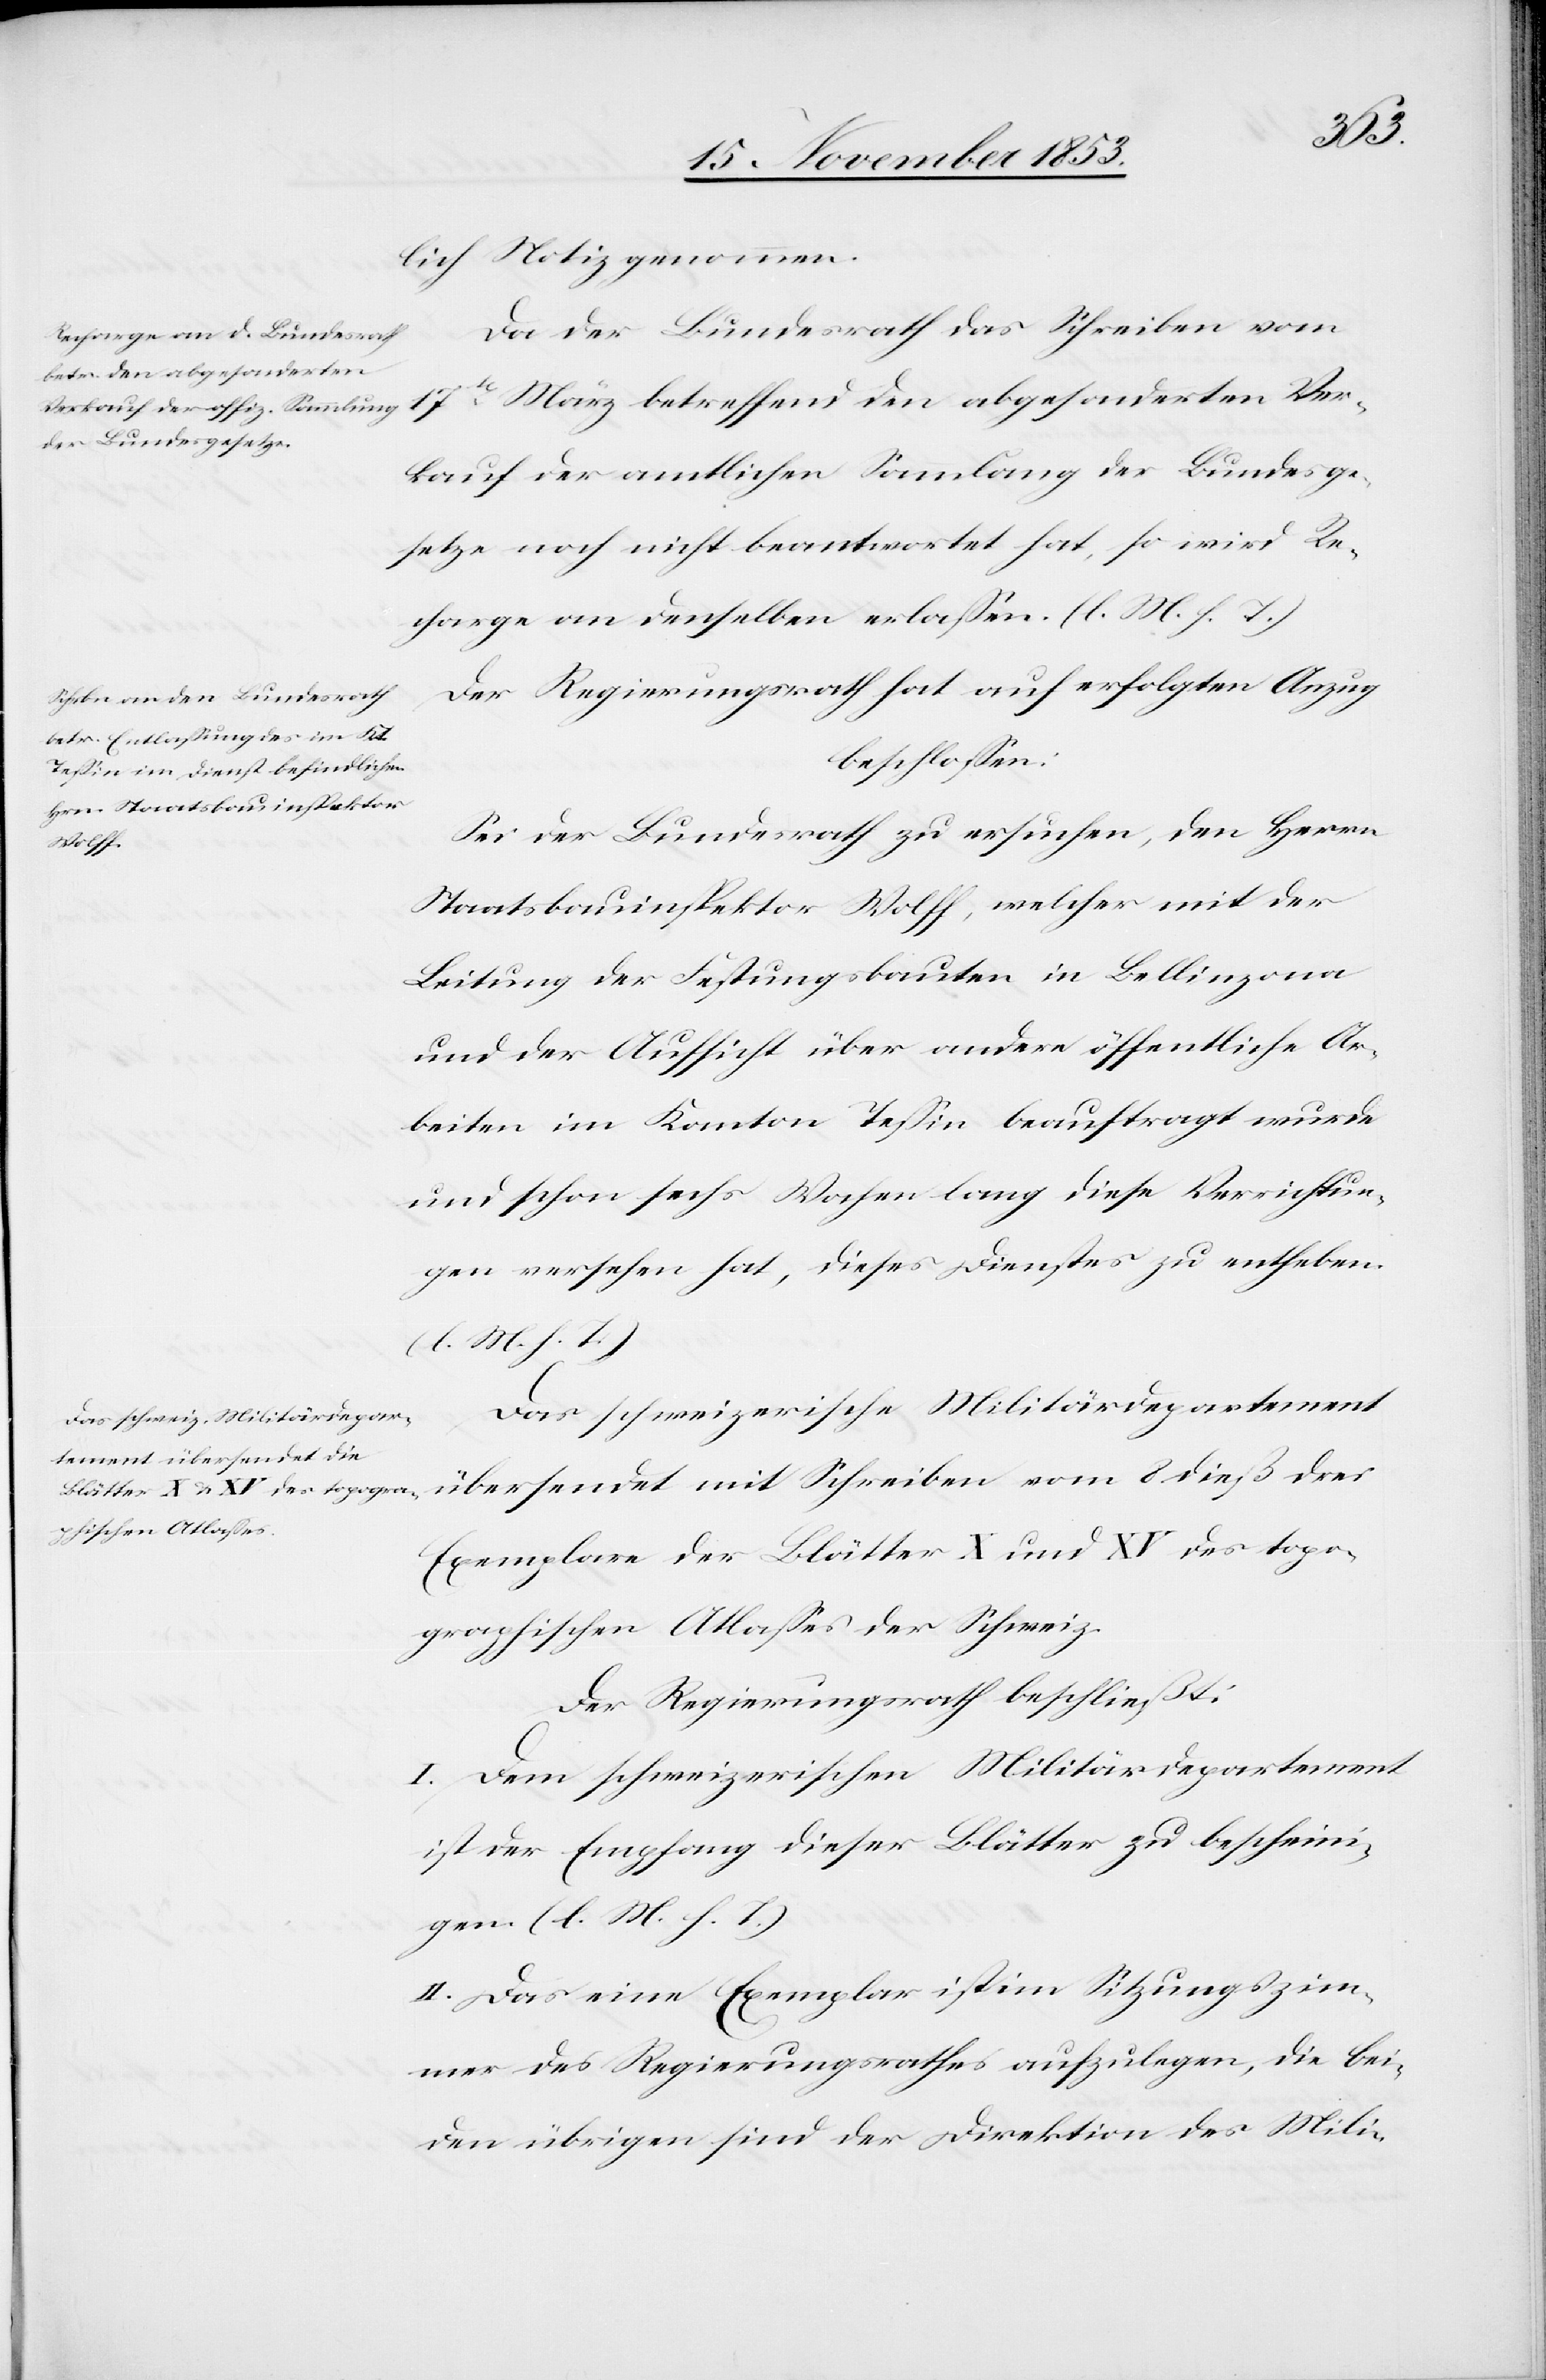
glich Notiz genommen.
Da der Bundesrath das Schreiben vom
17ten März betreffend den abgesonderten Ver¬
kauf der amtlichen Sammlung der Bundesge¬
setze noch nicht beantwortet hat, so wird Re¬
charge an denselben erlaßen. [l. M. h. T]
Der Regierungsrath hat auf erfolgten Anzug
beschloßen:
Sei der Bundesrath zu ersuchen, den Herrn
Staatsbauinspektor Wolff, welcher mit der
Leitung der Festungsbauten in Bellinzona
und der Aufsicht über andere öffentliche Ar¬
beiten im Kanton Teßin beauftragt wurde
und schon sechs Wochen lang diese Verfügun¬
gen versehen hat, dieses Dienstes zu entheben.
[l. M. h. T]
Das schweizerische Militärdepartement
übersendet mit Schreiben vom 8 dieß drei
Exemplare der Blätter X und XV des topo¬
graphischen Atlaßes der Schweiz.
Der Regierungsrath beschließt:
I. Dem schweizerischen Militärdepartement
ist der Empfang dieser Blätter zu bescheini¬
gen. [l. M. h. T]
II. Das eine Exemplar ist im Sitzungszim¬
mer des Regierungsrathes aufzulegen, die bei¬
den übrigen sind der Direktion des Mili-